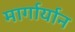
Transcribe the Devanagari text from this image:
मार्गार्यान